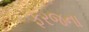
ફરજના